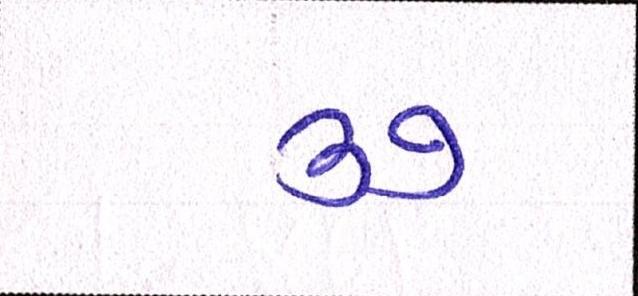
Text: ૩૭